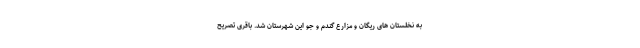
به نخلستان های ریگان و مزارع گندم و جو این شهرستان شد. باقری تصریح